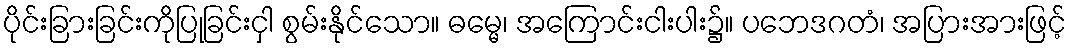
ပိုင်းခြားခြင်းကိုပြုခြင်းငှါ စွမ်းနိုင်သော။ ဓမ္မေ၊ အကြောင်းငါးပါး၌။ ပဘေဒဂတံ၊ အပြားအားဖြင့်